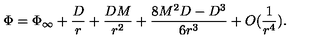
\Phi = \Phi _ { \infty } + \frac { D } { r } + \frac { D M } { r ^ { 2 } } + \frac { 8 M ^ { 2 } D - D ^ { 3 } } { 6 r ^ { 3 } } + O ( \frac { 1 } { r ^ { 4 } } ) .